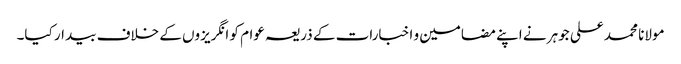
مولانا محمد علی جوہر نے اپنے مضامین و اخبارات کے ذریعہ عوام کو انگریزوں کے خلاف بیدار کیا۔